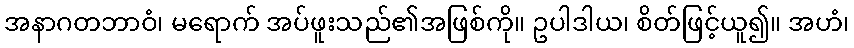
အနာဂတဘာဝံ၊ မရောက် အပ်ဖူးသည်၏အဖြစ်ကို။ ဥပါဒါယ၊ စိတ်ဖြင့်ယူ၍။ အဟံ၊